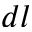
d l